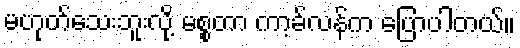
မဟုတ်သေးဘူးလို့ မစ္စတာ ကာ့ခ်လန်က ပြောပါတယ်။